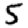
Digit: 5